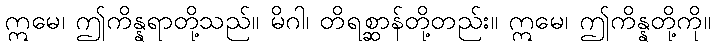
ဣမေ၊ ဤကိန္နရာတို့သည်။ မိဂါ၊ တိရစ္ဆာန်တို့တည်း။ ဣမေ၊ ဤကိန္နတို့ကို။